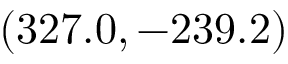
( 3 2 7 . 0 , - 2 3 9 . 2 )